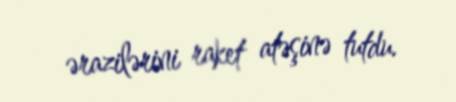
ərazilərini raket atəşinə tutdu.